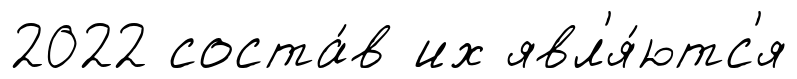
2022 соста́в их явл'я́ютс'я